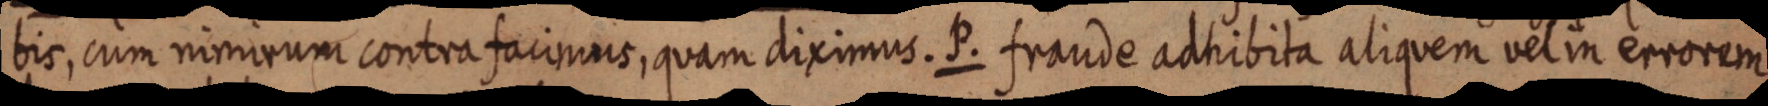
bis, cum nimirum contra facimus, quam diximus. P. fraude adhibita aliquem vel in errorem